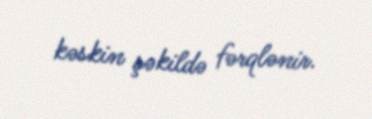
kəskin şəkildə fərqlənir.